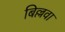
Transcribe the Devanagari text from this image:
बिल्लवा